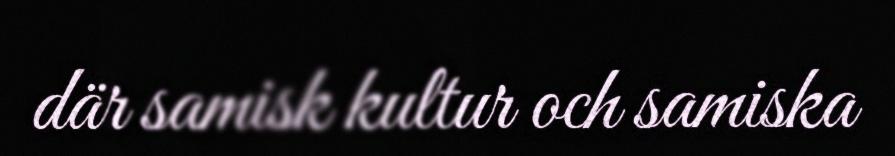
där samisk kultur och samiska